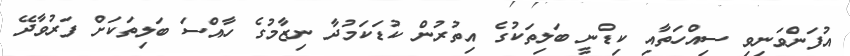
އުފަންވަނިވި ސިއްހަތާއި ކިޑްނީ ބަލިތަކުގެ އިތުރުން ކުޑަކަމުދާ ނިޒާމުގެ ހާއްސަ ބަލިތަކަށް ފަރުވާދޭ